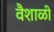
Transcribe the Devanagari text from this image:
वैशाळी